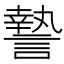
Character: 謺